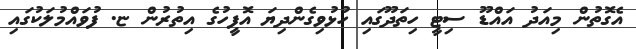
އެގޮތުން މިއަދު އައްޑޫ ސިޓީ ހިތަދޫގައި ހުޅުވިގެންދިޔަ އޮފީހުގެ އިތުރުން ޏ. ފުވައްމުލަކުގައި